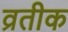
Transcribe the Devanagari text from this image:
व्रतीक